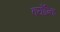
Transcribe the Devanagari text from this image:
क्यौन्कि